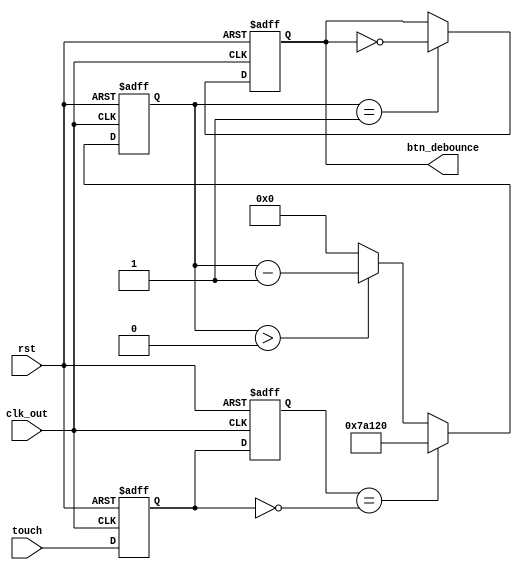
module de_bounce(
    input clk_out,
    input rst,
    input touch,
    output reg btn_debounce
    );
    reg touch_cap;
    reg touch_shift;
    reg [19:0] count;
    parameter count_max = 20'd500000;

// btn signal with two state
    always @(posedge clk_out or posedge rst) begin
        if(rst) begin
            touch_cap <= 1'b0;
            touch_shift <= 1'b0;
        end
        else begin
            touch_cap <= touch;
            touch_shift <= touch_cap;
        end
    end

// counter set 10ms
    always @(posedge clk_out or posedge rst) begin
        if(rst)
            count <= 0;
        else if(touch_shift == ~touch_cap)
            count <= count_max;
        else if(count > 20'd0)
            count <= count - 20'd1;
        else
            count <= 20'd0;
    end

// de_bounce
    always @(posedge clk_out or posedge rst) begin
        if(rst)
            btn_debounce <= 20'd0;
        else
            btn_debounce <= (count == 20'd1) ? ~btn_debounce : btn_debounce;
    end
endmodule